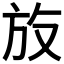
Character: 𪯳